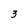
Character: 3